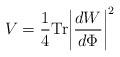
LaTeX: \begin{align*}V = {1\over 4}{\rm Tr} \biggl | {{dW}\over {d\Phi}} \biggr |^2\end{align*}